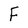
Character: F